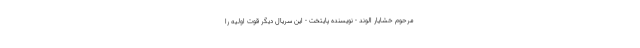
مرحوم خشایار الوند - نویسنده پایتخت - این سریال دیگر قوت اولیه را